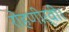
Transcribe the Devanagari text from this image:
रोहणीर्वी।